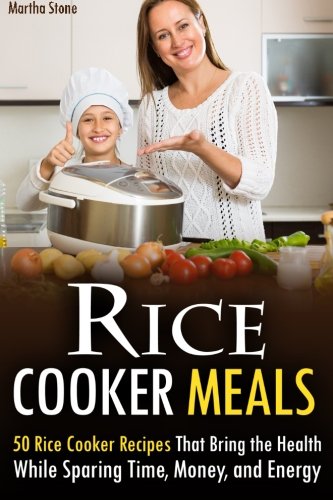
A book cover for Rice Cooker Meals: 50 Rice Cooker Recipes That Bring the Health While Sparing Time, Money, and Energy; Martha Stone; Cookbooks, Food & Wine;